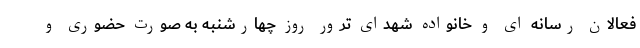
فعالان رسانه ای و خانواده شهدای ترور روز چهارشنبه به صورت حضوری و